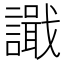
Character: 𫍎